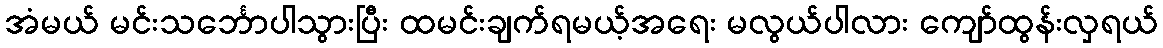
အံမယ် မင်းသင်္ဘောပါသွားပြီး ထမင်းချက်ရမယ့်အရေး မလွယ်ပါလား ကျော်ထွန်းလှရယ်